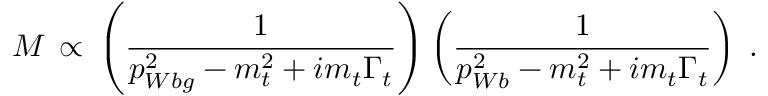
{ \cal { M } } \, \propto \, \left( { \frac { 1 } { p _ { W b g } ^ { 2 } - m _ { t } ^ { 2 } + i m _ { t } \Gamma _ { t } } } \right) \left( { \frac { 1 } { p _ { W b } ^ { 2 } - m _ { t } ^ { 2 } + i m _ { t } \Gamma _ { t } } } \right) \; .